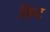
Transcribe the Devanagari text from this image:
मिन्‍ट